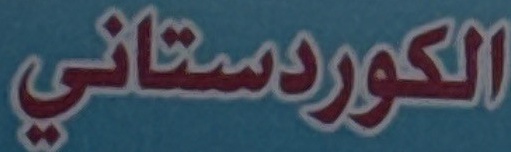
الكوردستاني